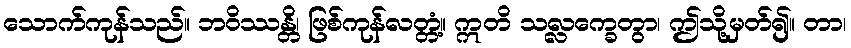
သောက်ကုန်သည်။ ဘဝိဿန္တိ၊ ဖြစ်ကုန်လတ္တံ့။ ဣတိ သလ္လက္ခေတွာ၊ ဤသို့မှတ်၍။ တာ၊